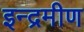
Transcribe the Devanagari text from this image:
इन्द्रमीण